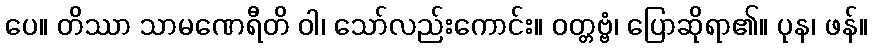
ပေ။ တိဿာ သာမဏေရီတိ ဝါ၊ သော်လည်းကောင်း။ ဝတ္တဗ္ဗံ၊ ပြောဆိုရာ၏။ ပုန၊ ဖန်။